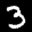
Digit: 3